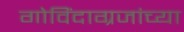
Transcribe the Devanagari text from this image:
गोविंदाग्रजांच्या